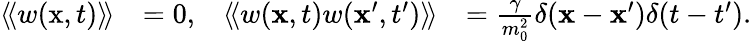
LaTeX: \begin{array}{rlrl}{\left\langle\! \left\langle w(\textrm{x},t)\right\rangle\! \right\rangle}&{=0,}&{\left\langle\! \left\langle w(\mathbf{x},t)w(\mathbf{x}^{\prime},{t^{\prime}})\right\rangle\! \right\rangle}&{={\frac{\gamma}{m_{0}^{2}}}\delta(\mathbf{x}-\mathbf{x}^{\prime})\delta(t-{t^{\prime}}).}\end{array}